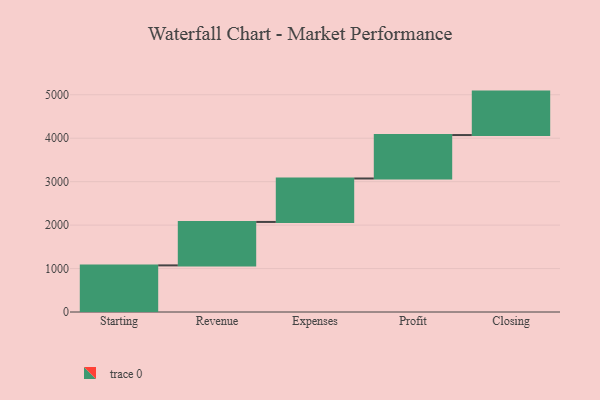
{"axis": {"x": "Step", "y": "Value"}, "legend": [""], "data": [{"x": "Starting", "y": 1073.0, "type": ""}, {"x": "Revenue", "y": 1000, "type": ""}, {"x": "Expenses", "y": 1000, "type": ""}, {"x": "Profit", "y": 1000, "type": ""}, {"x": "Closing", "y": 1000, "type": ""}]}